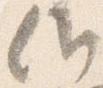
候